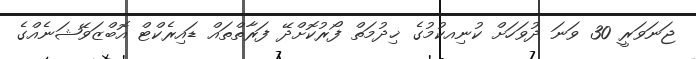
ޖަނަވަރީ 30 ވަނަ ދުވަހަށް ކުނިއކުމުގެ ޚިދުމަތް ފޯރުކޮށްދޭ ފަރާތްތައް ޑައިރެކްޓް އޮބްޒަވޭޝަނެއްގެ